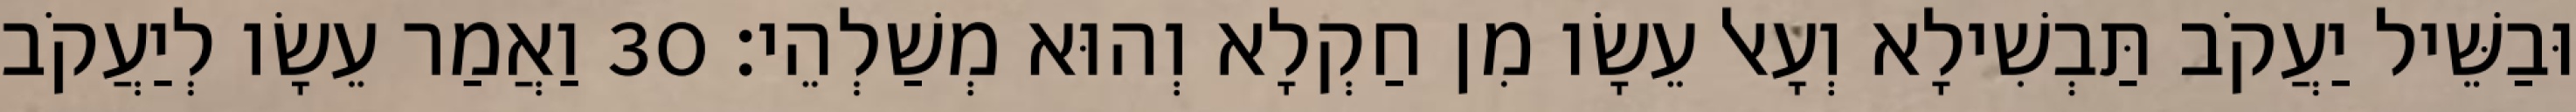
וּבַשֵּׁיל יַעֲקֹב תַּבְשִׁילָא וְעָאל עֵשָׂו מִן חַקְלָא וְהוּא מְשַׁלְהֵי׃ 30 וַאֲמַר עֵשָׂו לְיַעֲקֹב